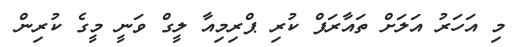
މި އަހަރު އަލަށް ތައާރަފް ކުރި ޕްރިމިއާ ލީގް ވަނީ މީގެ ކުރިން